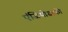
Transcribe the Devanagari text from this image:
एंजियोग्राफ़ी